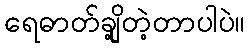
ရေဓာတ်ချို့တဲ့တာပါပဲ။